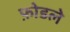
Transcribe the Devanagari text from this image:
फ़ोडले